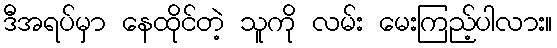
ဒီအရပ်မှာ နေထိုင်တဲ့ သူကို လမ်း မေးကြည့်ပါလား။